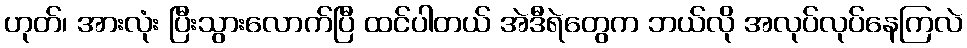
ဟုတ်၊ အားလုံး ပြီးသွားလောက်ပြီ ထင်ပါတယ် အဲဒီရဲတွေက ဘယ်လို အလုပ်လုပ်နေကြလဲ